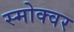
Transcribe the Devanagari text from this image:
स्मोक्वर